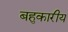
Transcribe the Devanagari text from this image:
बहुकारीय